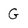
Character: G